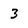
Character: 3